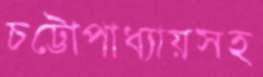
চট্টোপাধ্যায়সহ